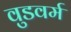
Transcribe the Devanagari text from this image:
वुडवर्म